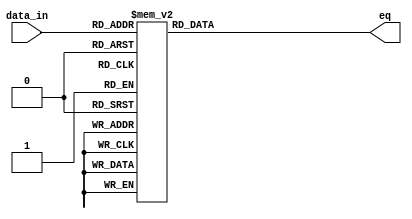
module zxw_4to16_dec (data_in, eq);

input [3:0] data_in;
output reg	[15:0] eq;

always @ (data_in)
	case (data_in)
		4'h0: eq = 16'h0001;
		4'h1: eq = 16'h0002;
		4'h2: eq = 16'h0004;
		4'h3: eq = 16'h0008;
		4'h4: eq = 16'h0010;
		4'h5: eq = 16'h0020;
		4'h6: eq = 16'h0040;
		4'h7: eq = 16'h0080;
		4'h8: eq = 16'h0100;
		4'h9: eq = 16'h0200;
		4'ha: eq = 16'h0400;
		4'hb: eq = 16'h0800;
		4'hc: eq = 16'h1000;
		4'hd: eq = 16'h2000;
		4'he: eq = 16'h4000;
		4'hf: eq = 16'h8000;
		default: eq = 16'h0000;
	endcase
endmodule